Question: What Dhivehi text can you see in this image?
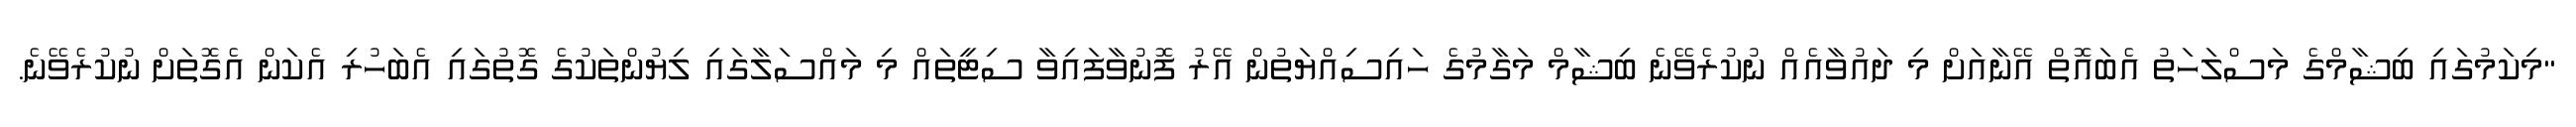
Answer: "މިކަމުގައި ބިޝާމްގެ މަސްލަހަތު އެބައޮތް އޭނާއަށް މި ދައުވާއެއް ނުކުރެވޭނެ ބިޝާމް މަގާމުގެ ހައިސިއްޔަތުން އޭރު ފޮނުވާފައިވާ ސިޓީތައް މި މައްސަލާގައި ލިޔުންތަކުގެ ގޮތުގައި އެބަހުރި އެކަން އެގޮތަށް ނުކުރެވޭނެ.